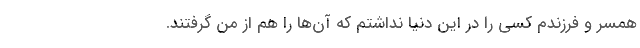
همسر و فرزندم کسی را در این دنیا نداشتم که آن‌ها را هم از من گرفتند.